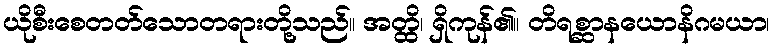
ယိုစီးစေတတ်သောတရားတို့သည်။ အတ္ထိ၊ ရှိကုန်၏။ တိရစ္ဆာနယောနိဂမယာ၊